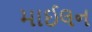
માઈલન